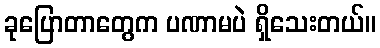
ခုပြောတာတွေက ပဏာမပဲ ရှိသေးတယ်။